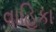
વાહિકા